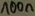
Text: 100n